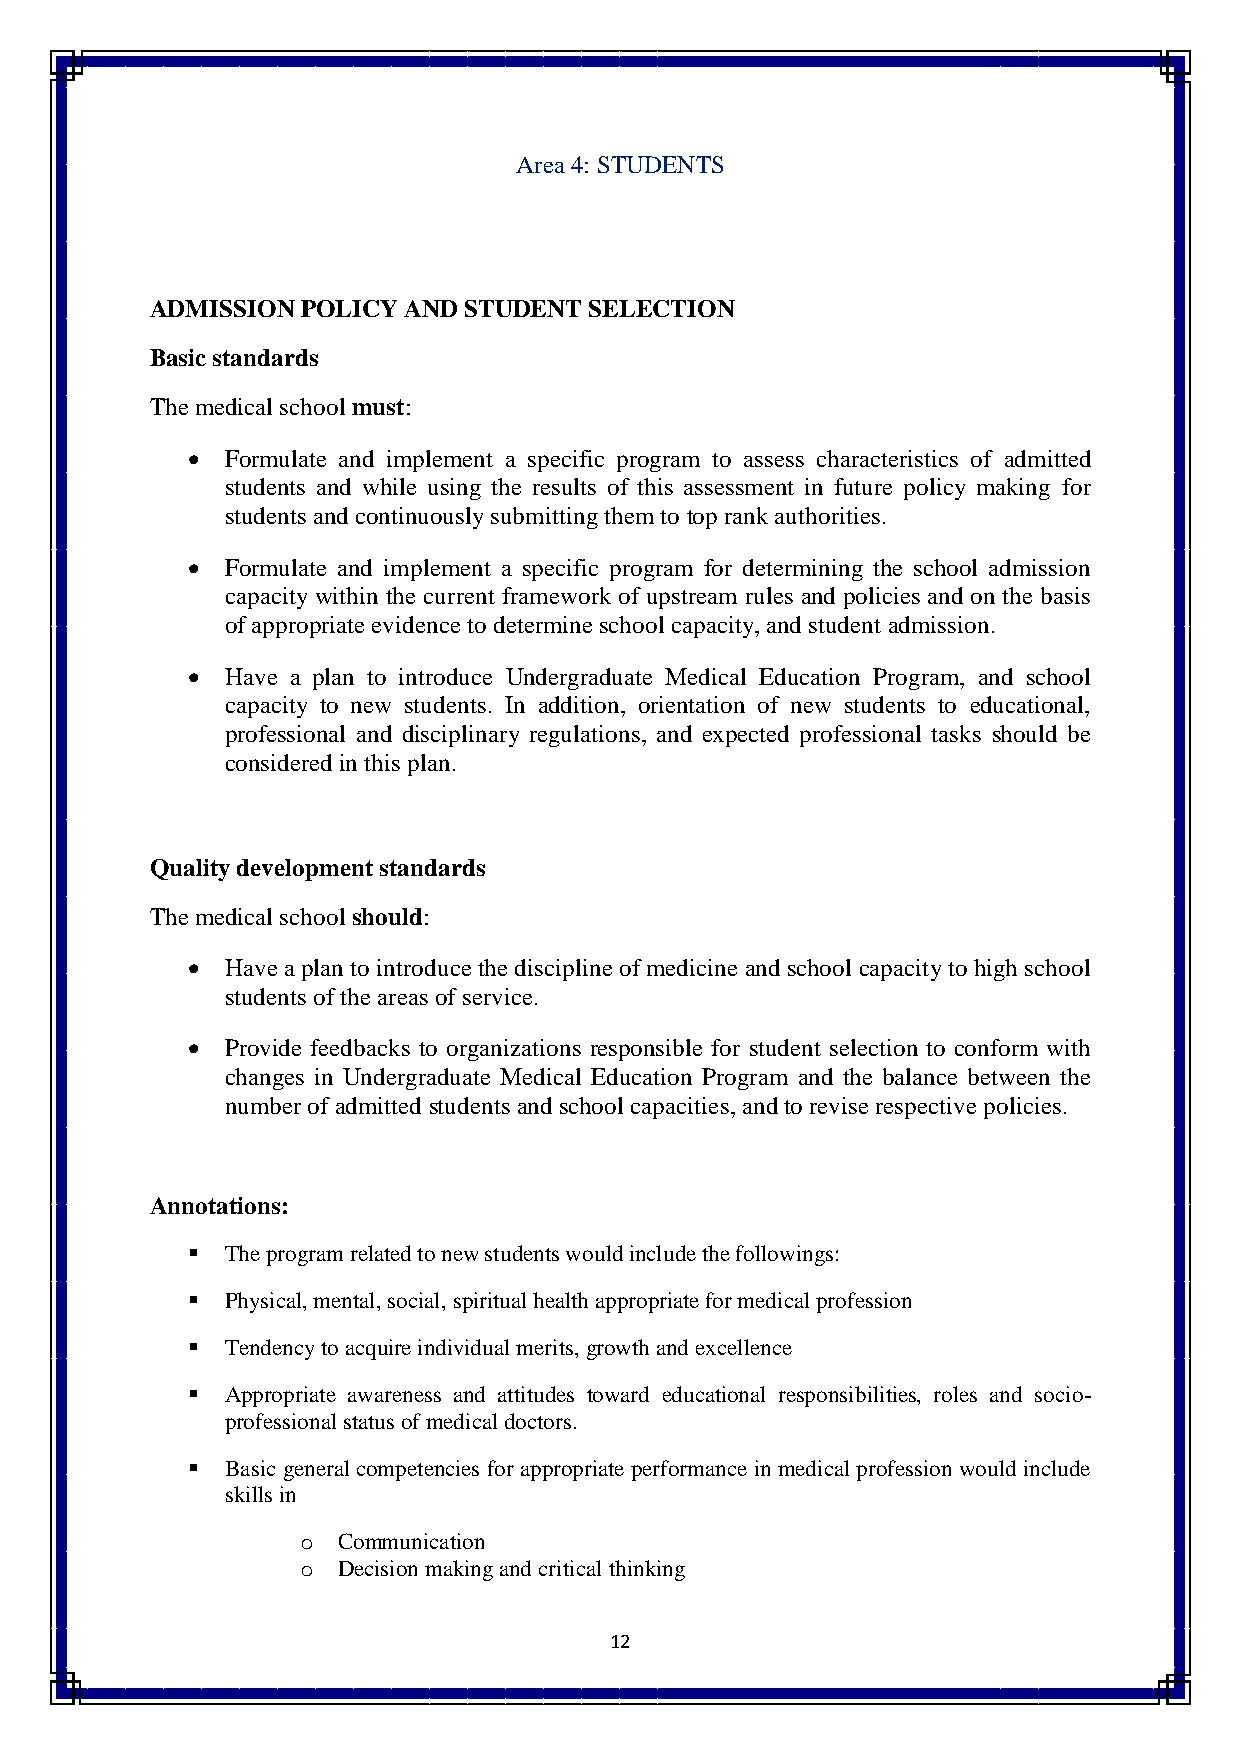
Area 4: STUDENTS
 ADMISSION POLICY AND STUDENT SELECTION
 Basic standards
 The medical school must:
   Formulate and implement a specific program to assess characteristics of admitted
 students and while using the results of this assessment in future policy making for
 students and continuously submitting them to top rank authorities.
   Formulate and implement a specific program for determining the school admission
 capacity within the current framework of upstream rules and policies and on the basis
 of appropriate evidence to determine school capacity, and student admission.
   Have a plan to introduce Undergraduate Medical Education Program, and school
 capacity to new students. In addition, orientation of new students to educational,
 professional and disciplinary regulations, and expected professional tasks should be
 considered in this plan.
 Quality development standards
 The medical school should:
   Have a plan to introduce the discipline of medicine and school capacity to high school
 students of the areas of service.
   Provide feedbacks to organizations responsible for student selection to conform with
 changes in Undergraduate Medical Education Program and the balance between the
 number of admitted students and school capacities, and to revise respective policies.
 Annotations:
   The program related to new students would include the followings:
   Physical, mental, social, spiritual health appropriate for medical profession
   Tendency to acquire individual merits, growth and excellence
   Appropriate awareness and attitudes toward educational responsibilities, roles and socio-
 professional status of medical doctors.
   Basic general competencies for appropriate performance in medical profession would include
 skills in
 o Communication
 o Decision making and critical thinking
 12